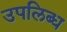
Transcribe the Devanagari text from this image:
उपलिब्ध